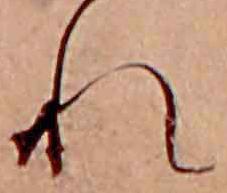
れ